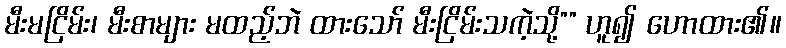
မီးမငြိမ်း၊ မီးစာများ မထည့်ဘဲ ထားသော် မီးငြိမ်းသကဲ့သို့”” ဟူ၍ ဟောထား၏။